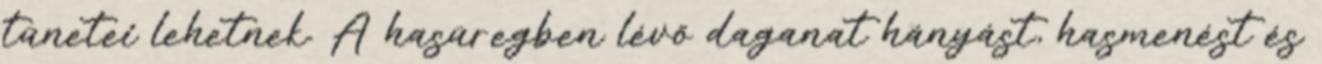
tünetei lehetnek. A hasüregben lévő daganat hányást, hasmenést és